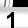
Digit: 1